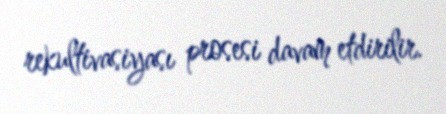
rekultivasiyası prosesi davam etdirilir.